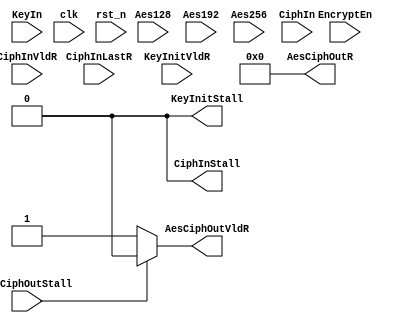
// *************************************************************************
//
// Copyright  Microsoft Corporation. All rights reserved.
// Copyright  Broadcom Inc. All rights reserved.
// Licensed under the MIT License.
//
// *************************************************************************



module AesSecIStub (
    // Outputs
    output  [127:0]  AesCiphOutR,
    output           AesCiphOutVldR,
    output           KeyInitStall,
    output           CiphInStall,
    // Inputs
    input            Aes128,
    input            Aes192,
    input            Aes256,
    input   [127:0]  CiphIn,
    input            CiphInVldR,
    input            CiphInLastR,
    input            EncryptEn,
    input   [255:0]  KeyIn,
    input            KeyInitVldR,
    input            AesCiphOutStall,
    input            clk,
    input            rst_n
);

  assign AesCiphOutR = 128'h0;
  assign AesCiphOutVldR = AesCiphOutStall ? 1'b0 : 1'b1;
  assign KeyInitStall = 1'b0;
  assign CiphInStall = 1'b0;

endmodule